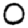
Digit: 0